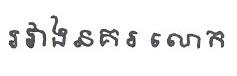
រវាងនគរ លោក